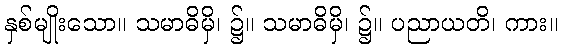
နှစ်မျိုးသော။ သမာဓိမှိ၊ ၌။ သမာဓိမှိ၊ ၌။ ပညာယတိ၊ ကား။